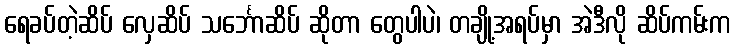
ရေခပ်တဲ့ဆိပ် လှေဆိပ် သင်္ဘောဆိပ် ဆိုတာ တွေပါပဲ၊ တချို့အရပ်မှာ အဲဒီလို ဆိပ်ကမ်းက